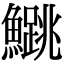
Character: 𬵰